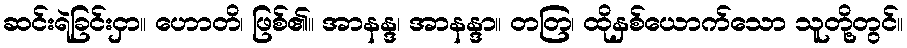
ဆင်းရဲခြင်းငှာ။ ဟောတိ၊ ဖြစ်၏။ အာနန္ဒ၊ အာနန္ဒာ။ တတြ၊ ထိုနှစ်ယောက်သော သူတို့တွင်။